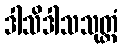
ဒါသိဒါသသုတ္တံ